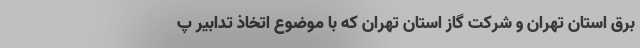
برق استان تهران و شرکت گاز استان تهران که با موضوع اتخاذ تدابیر پ